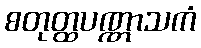
စတုတ္ထပဏ္ဏာသကံ